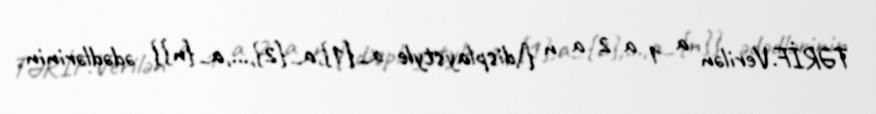
TƏRİF.Verilən a 1 a 2 a n {\displaystyle a_{1},a_{2},...,a_{n}} ədədlərinin